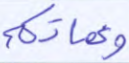
وعماتكم